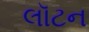
લૉટન